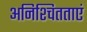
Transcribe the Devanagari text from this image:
अनिश्चितताएं